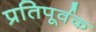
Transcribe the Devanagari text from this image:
प्रतिपूर्वक